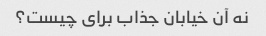
نه آن خیابان جذاب برای چیست؟